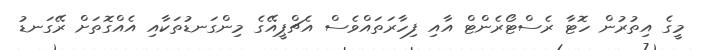
މީގެ އިތުރުން ހޮޓާ ރެސްޓޯރެންޓް އާއި ފިހާރަތައްވެސް އެޗްޕީއޭގެ މިންގަނޑުތަކާއި އެއްގޮތަށް ރޭގަނޑު